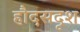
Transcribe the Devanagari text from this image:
हौदसदृश